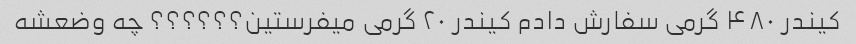
کیندر ۴۸۰ گرمی سفارش دادم کیندر ۲۰ گرمی میفرستین؟؟؟؟؟؟ چه وضعشه